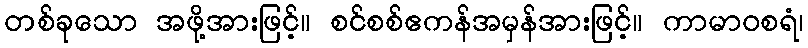
တစ်ခုသော အဖို့အားဖြင့်။ စင်စစ်ဧကန်အမှန်အားဖြင့်။ ကာမာဝစရံ၊